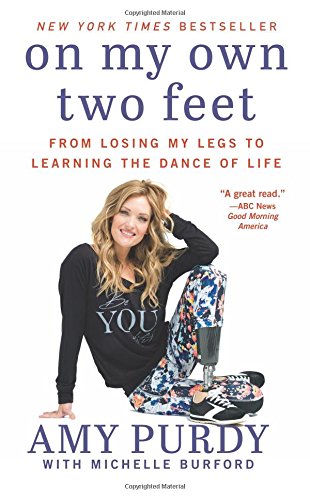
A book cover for On My Own Two Feet: From Losing My Legs to Learning the Dance of Life; Amy Purdy; Biographies & Memoirs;